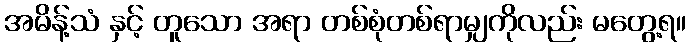
အမိန့်သံ နှင့် တူသော အရာ တစ်စုံတစ်ရာမျှကိုလည်း မတွေ့ရ။